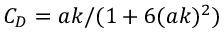
C _ { D } = a k / ( 1 + 6 ( a k ) ^ { 2 } )